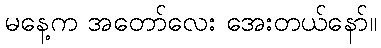
မနေ့က အတော်လေး အေးတယ်နော်။